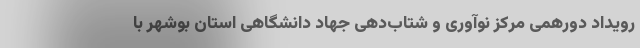
رویداد دورهمی مرکز نوآوری و شتاب­دهی جهاد دانشگاهی استان بوشهر با